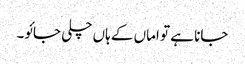
جانا ہے تو اماں کے ہاں چلی جائو۔